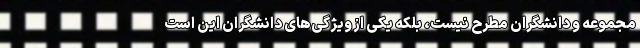
مجموعه و دانشگران مطرح نیست، بلکه یکی از ویژگی‌های دانشگران این است